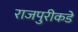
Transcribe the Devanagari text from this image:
राजपुरीकडे